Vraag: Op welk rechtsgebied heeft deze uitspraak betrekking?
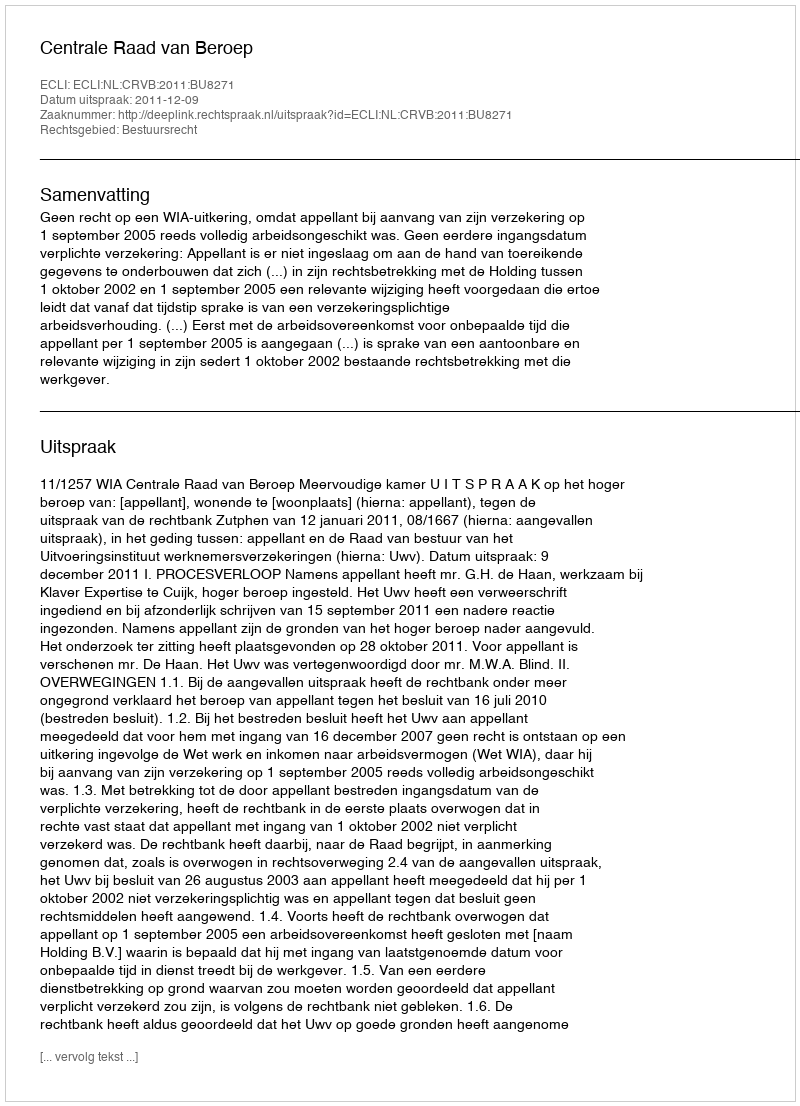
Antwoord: Bestuursrecht